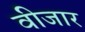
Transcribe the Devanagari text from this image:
वीजार